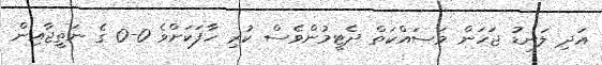
އަދި ލަނޑު ޖަހަން މަސައްކަތް ދެޓީމުންވެސް ކުރި ހާފަކަށްވެ 0-0 ގެ ނަތީޖާއިން